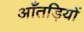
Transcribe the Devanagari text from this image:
आँतड़ियों